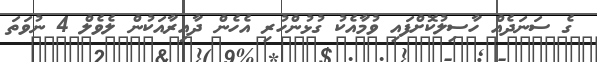
ގެ ސަނަދެއް ހާސިލުކޮށްފައި ވުމާއެކު ގުޅުންހުރި އެހެން ދާއިރާއަކުން ލެވެލް 4 ނުވަތަ